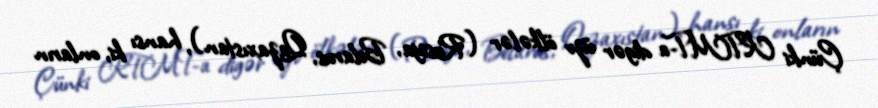
Çünki KTMT-a digər üzv ölkələr (Rusiya, Belarus, Qazaxıstan), hansı ki, onların